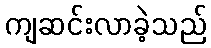
ကျဆင်းလာခဲ့သည်